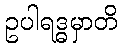
ဥပါရဒ္ဓမှာတိ